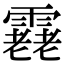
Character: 𩅯